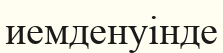
иемденуінде